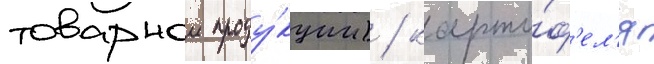
товарнои проду́кции) / карто́ф'ел'я